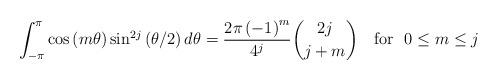
LaTeX: \begin{align*}\int_{-\pi}^{\pi}\cos\left( m\theta\right) \sin^{2j}\left( \theta/2\right)d\theta=\frac{2\pi\left( -1\right) ^{m}}{4^{j}}\binom{2j}{j+m}\text{ \ \ for\ \ }0\leq m\leq j \end{align*}